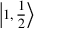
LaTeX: \left| 1 , { \frac { 1 } { 2 } } \right\rangle